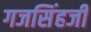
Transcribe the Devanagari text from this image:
गजसिंहजी